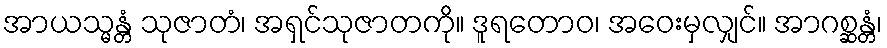
အာယသ္မန္တံ သုဇာတံ၊ အရှင်သုဇာတကို။ ဒူရတောဝ၊ အဝေးမှလျှင်။ အာဂစ္ဆန္တံ၊